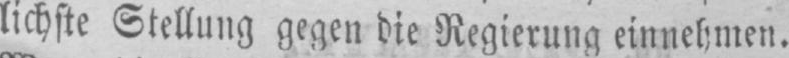
lichste Stellung gegen die Regierung einnehmen.